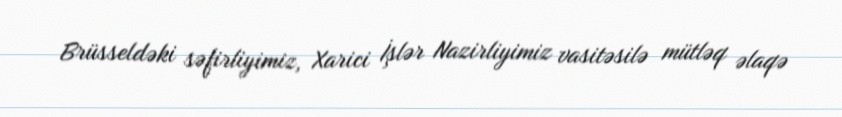
Brüsseldəki səfirliyimiz, Xarici İşlər Nazirliyimiz vasitəsilə mütləq əlaqə